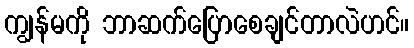
ကျွန်မကို ဘာဆက်ပြောစေချင်တာလဲဟင်။